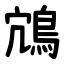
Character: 鴧